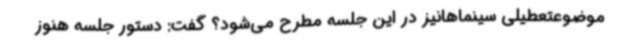
موضوعتعطیلی سینماهانیز در این جلسه مطرح می‌شود؟ گفت: دستور جلسه هنوز